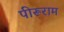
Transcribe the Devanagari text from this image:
पीरूराम